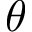
\theta